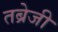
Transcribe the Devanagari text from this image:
तब्रेजी